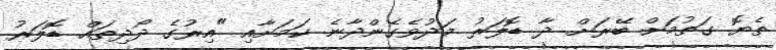
ތެޔޮ ގަތުމަށް ބޭރަށް ދާ ޑޮލަރު މަދުވެގެންދާނެ ކަމަށާއި "އިރުގެ ދޯދިތައް ޑޮލަރު